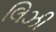
લિઝી